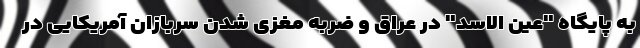
به پایگاه "عین الاسد" در عراق و ضربه مغزی شدن سربازان آمریکایی در